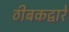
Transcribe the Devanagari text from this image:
ठीबकद्वारे